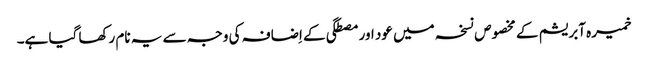
خمیرہ آبریشم کے مخصوص نسخہ میں عود اور مصطگی کے اِضافہ کی وجہ سے یہ نام رکھا گیا ہے۔